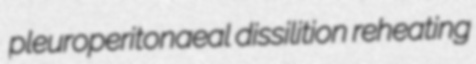
pleuroperitonaeal dissilition reheating